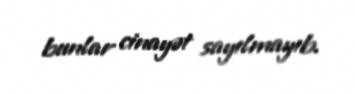
bunlar cinayət sayılmayıb.